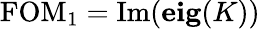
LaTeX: \mathrm{FOM_{1}}=\mathrm{Im}(\mathbf{eig}(K))